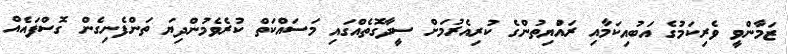
ޒަމާންވީ ވެރިކަމުގެ އަބުއިކަމާއި ރައްުޔިތުންގެ ކުރިއެރުމަށް ސީދާގޮތެއްގައި މަސައްކަތް ކުރެވެމުންދިޔަ ތަންފެނިގެން ގޮސްފައެއް